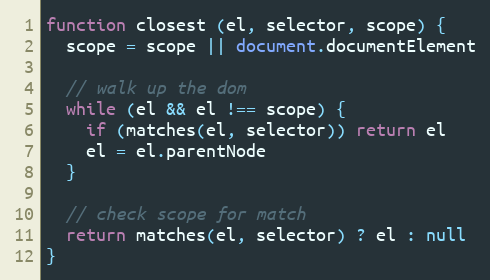
Language: JavaScript
function closest (el, selector, scope) {
  scope = scope || document.documentElement

  // walk up the dom
  while (el && el !== scope) {
    if (matches(el, selector)) return el
    el = el.parentNode
  }

  // check scope for match
  return matches(el, selector) ? el : null
}